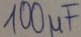
Text: 100µF